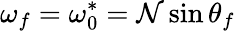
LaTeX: \omega_{f}=\omega_{0}^{*}=\mathcal{N}\sin\theta_{f}